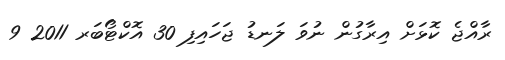
ރާއްޖެ ކޮޅަށް އިރާގުން ނުވަ ލަނޑު ޖަހައިފި 30 އޮކްޓޯބަރ 2011 9